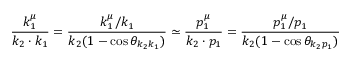
\frac { k _ { 1 } ^ { \mu } } { k _ { 2 } \cdot k _ { 1 } } = \frac { k _ { 1 } ^ { \mu } / k _ { 1 } } { k _ { 2 } ( 1 - \cos \theta _ { k _ { 2 } k _ { 1 } } ) } \simeq \frac { p _ { 1 } ^ { \mu } } { k _ { 2 } \cdot p _ { 1 } } = \frac { p _ { 1 } ^ { \mu } / p _ { 1 } } { k _ { 2 } ( 1 - \cos \theta _ { k _ { 2 } p _ { 1 } } ) }